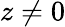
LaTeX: z\neq 0